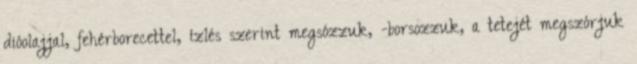
dióolajjal, fehérborecettel, ízlés szerint megsózzuk, -borsozzuk, a tetejét megszórjuk